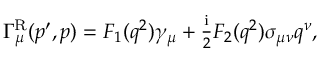
\begin{array} { r } { \Gamma _ { \mu } ^ { \mathrm { R } } ( p ^ { \prime } , p ) = F _ { 1 } ( q ^ { 2 } ) \gamma _ { \mu } + \frac { \mathrm { i } } { 2 } F _ { 2 } ( q ^ { 2 } ) \sigma _ { \mu \nu } q ^ { \nu } , } \end{array}